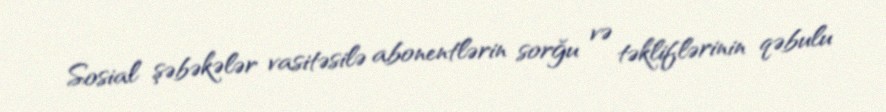
Sosial şəbəkələr vasitəsilə abonentlərin sorğu və təkliflərinin qəbulu